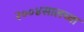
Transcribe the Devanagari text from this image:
२००४सालच्या